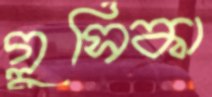
গ্লুসিকা